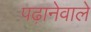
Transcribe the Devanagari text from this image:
पढ़ानेवाले